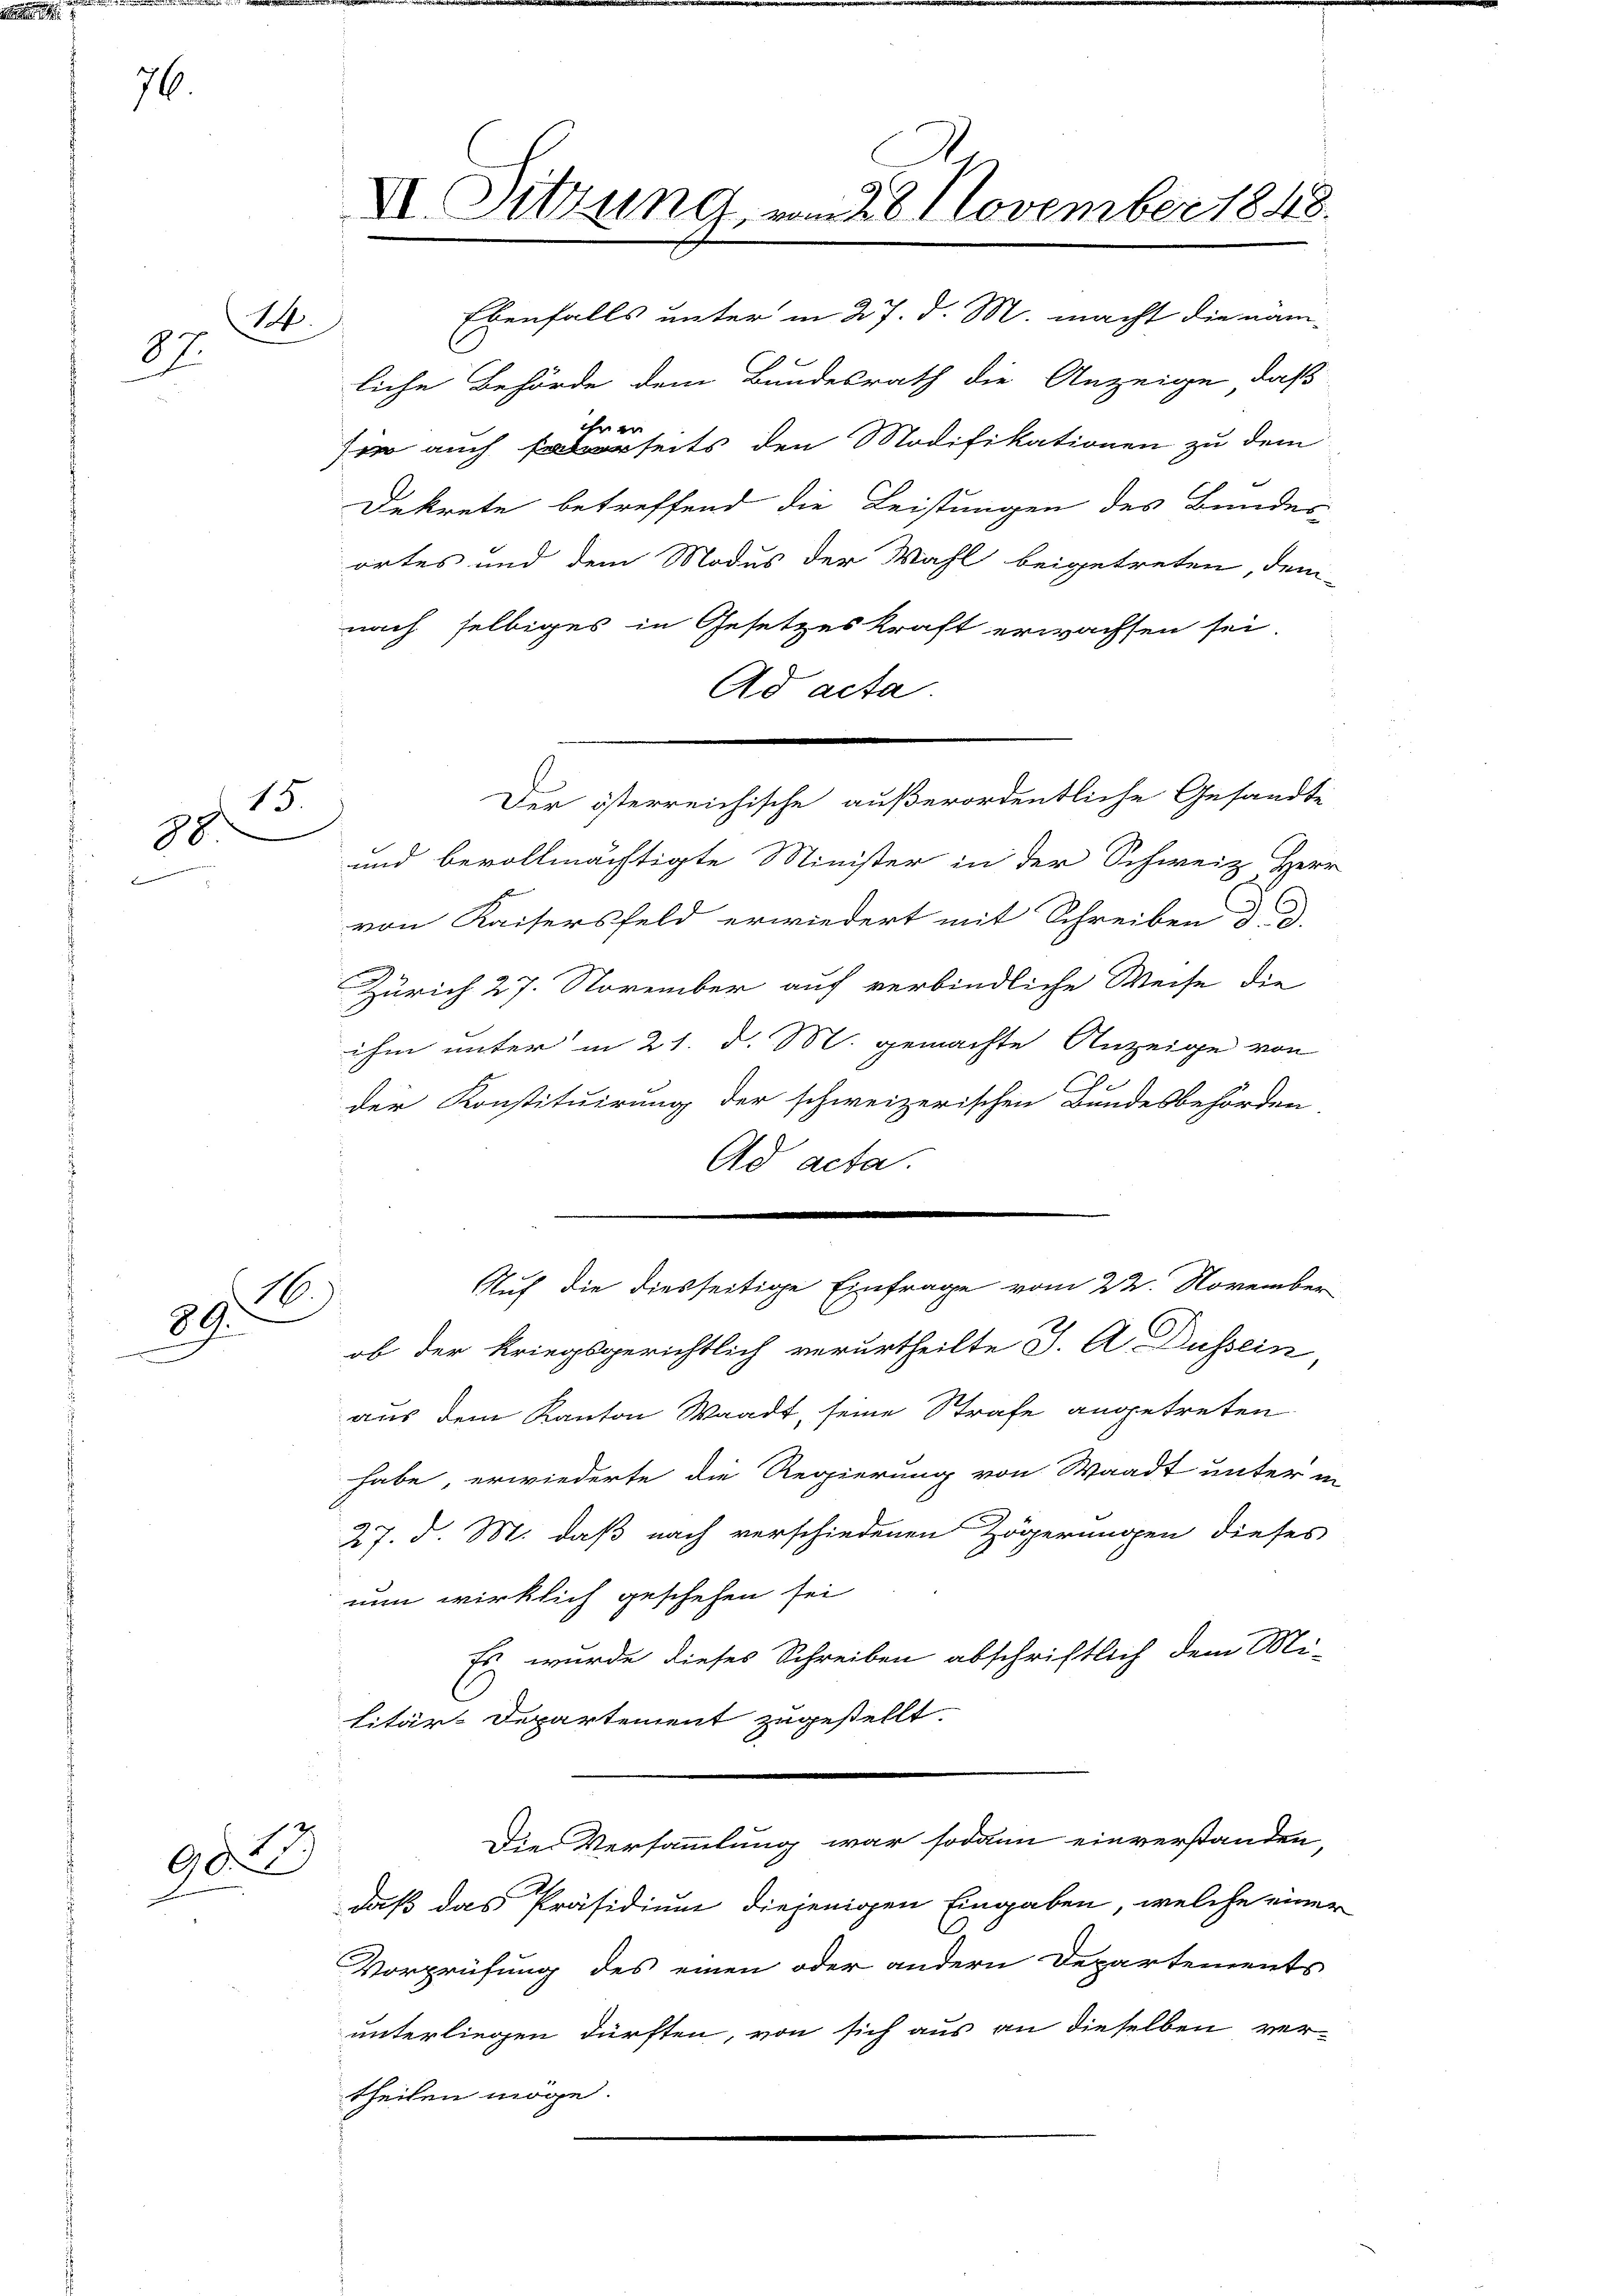
76.

1.
97.

15.
88

89.
¬

.
9

VI. Sitzung, vom 28. November 1848.
Ebenfalls unter in 27. d. M. macht die näm-

liche Behörde dem Bundesrath die Anzeige, daß
ihrer
sie auch seits den Modifikationen zu dem
Dekrete betreffend die Leistungen des Bundes
ortes und dem Modus der Wahl beigetreten, dem
nach selbiges in Gesetzeskraft erwachsen sei.
Ad acta.
Der österreichische außerordentliche Gesandte
und bevollmächtigte Minister in der Schweiz Herr
von Kaisersfeld erwiedert mit Schreiben 3
Zürich 27. November auf verbindliche Weise die
ihm unter in 21. d. M. gemachte Anzeige von
.
der Konstituirung der schweizerischen Bundesbehörden
Ad acta.
Auf die diesseitige Einfrage vom 22. November
.
ob der kriegsgerichtlich verurtheilte J. A. Dussein,
aus dem Kanton Waadt, seine Strafe angetreten
habe erwiederte die Regierung von Waadt unter in
27. d. M. daß nach verschiedenen Zögerungen dieses
nun wirklich geschehen sei
Es wurde dieses Schreiben abschriftlich dem Mi-
litär-Departement zugestellt.
Die Versammlung war sodann einverstanden,
daß das Präsidium diejenigen Eingaben, welche einer
Vorprüfung des einen oder andern Departements
unterliegen dürften, von sich aus an dieselben ver-
theilen möge.